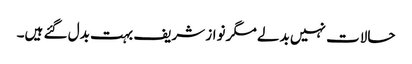
حالات نہیں بدلے مگر نواز شریف بہت بدل گئے ہیں۔